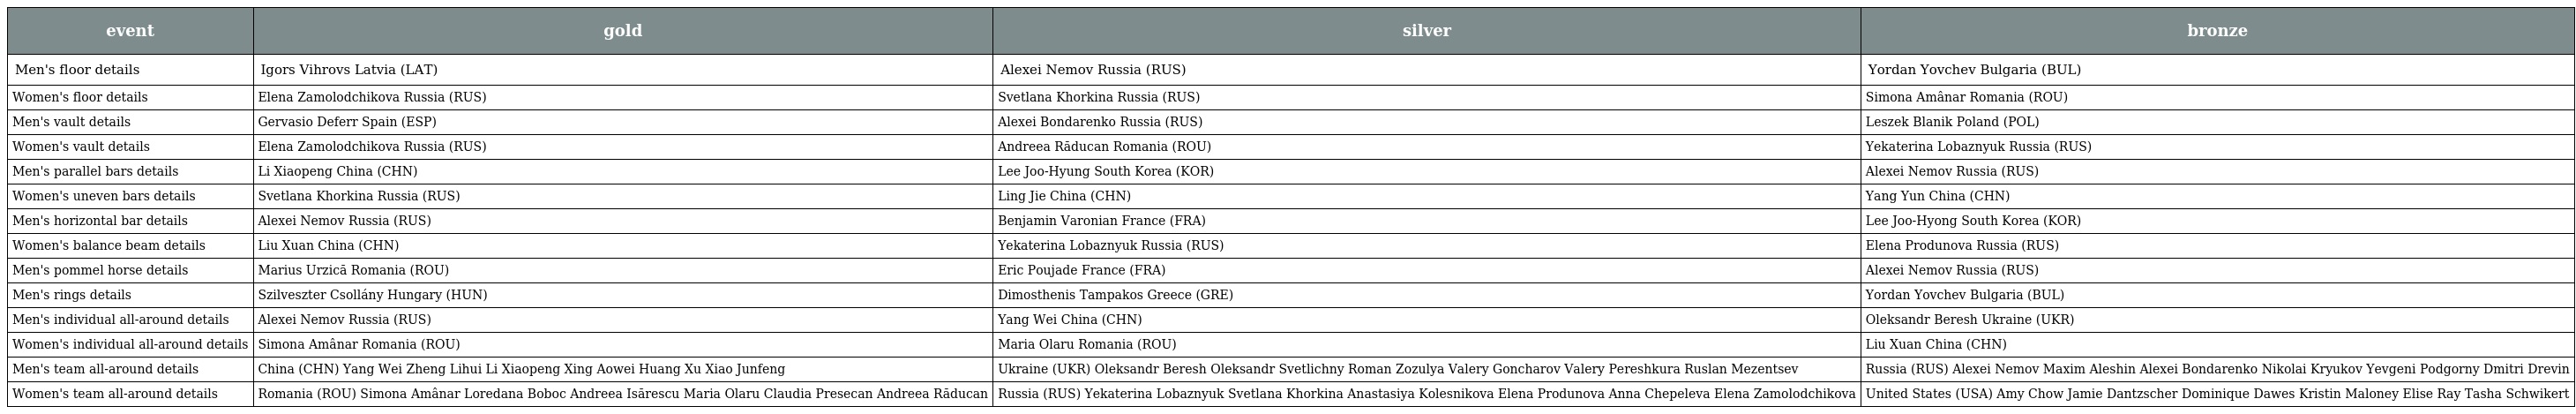
| event | gold | silver | bronze |
 | --- | --- | --- | --- |
 | Men's floor details | Igors Vihrovs Latvia (LAT) | Alexei Nemov Russia (RUS) | Yordan Yovchev Bulgaria (BUL) |
 | Women's floor details | Elena Zamolodchikova Russia (RUS) | Svetlana Khorkina Russia (RUS) | Simona Amânar Romania (ROU) |
 | Men's vault details | Gervasio Deferr Spain (ESP) | Alexei Bondarenko Russia (RUS) | Leszek Blanik Poland (POL) |
 | Women's vault details | Elena Zamolodchikova Russia (RUS) | Andreea Răducan Romania (ROU) | Yekaterina Lobaznyuk Russia (RUS) |
 | Men's parallel bars details | Li Xiaopeng China (CHN) | Lee Joo-Hyung South Korea (KOR) | Alexei Nemov Russia (RUS) |
 | Women's uneven bars details | Svetlana Khorkina Russia (RUS) | Ling Jie China (CHN) | Yang Yun China (CHN) |
 | Men's horizontal bar details | Alexei Nemov Russia (RUS) | Benjamin Varonian France (FRA) | Lee Joo-Hyong South Korea (KOR) |
 | Women's balance beam details | Liu Xuan China (CHN) | Yekaterina Lobaznyuk Russia (RUS) | Elena Produnova Russia (RUS) |
 | Men's pommel horse details | Marius Urzică Romania (ROU) | Eric Poujade France (FRA) | Alexei Nemov Russia (RUS) |
 | Men's rings details | Szilveszter Csollány Hungary (HUN) | Dimosthenis Tampakos Greece (GRE) | Yordan Yovchev Bulgaria (BUL) |
 | Men's individual all-around details | Alexei Nemov Russia (RUS) | Yang Wei China (CHN) | Oleksandr Beresh Ukraine (UKR) |
 | Women's individual all-around details | Simona Amânar Romania (ROU) | Maria Olaru Romania (ROU) | Liu Xuan China (CHN) |
 | Men's team all-around details | China (CHN) Yang Wei Zheng Lihui Li Xiaopeng Xing Aowei Huang Xu Xiao Junfeng | Ukraine (UKR) Oleksandr Beresh Oleksandr Svetlichny Roman Zozulya Valery Goncharov Valery Pereshkura Ruslan Mezentsev | Russia (RUS) Alexei Nemov Maxim Aleshin Alexei Bondarenko Nikolai Kryukov Yevgeni Podgorny Dmitri Drevin |
 | Women's team all-around details | Romania (ROU) Simona Amânar Loredana Boboc Andreea Isărescu Maria Olaru Claudia Presecan Andreea Răducan | Russia (RUS) Yekaterina Lobaznyuk Svetlana Khorkina Anastasiya Kolesnikova Elena Produnova Anna Chepeleva Elena Zamolodchikova | United States (USA) Amy Chow Jamie Dantzscher Dominique Dawes Kristin Maloney Elise Ray Tasha Schwikert |